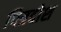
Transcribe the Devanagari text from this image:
पित्रदोश